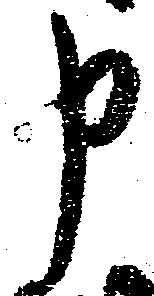
申